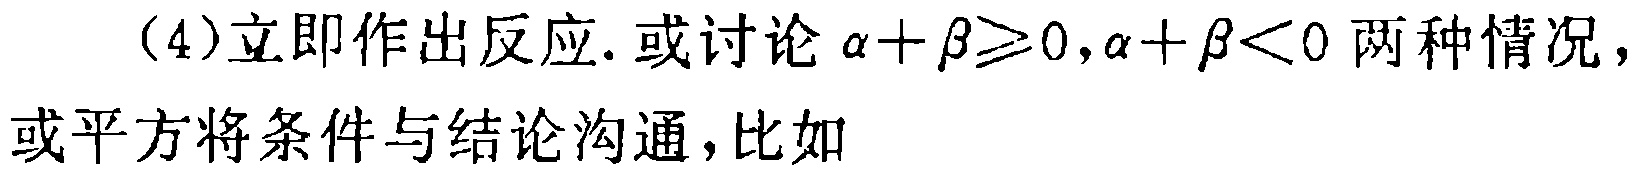
（4）立即作出反应. 或讨论 \(\alpha+\beta\geqslant0,\alpha+\beta<0\) 两种情况，或平方将条件与结论沟通，比如